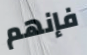
فإنهم